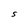
Character: s